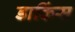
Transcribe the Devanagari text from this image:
डाकिंस